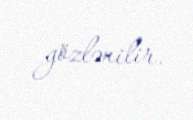
gözlənilir.